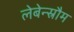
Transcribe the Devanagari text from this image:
लेबेन्स्रौम